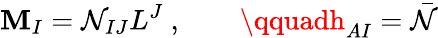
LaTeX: \mathbf{M}_{I}={\cal{N}}_{IJ}L^{J}\ ,\qquad\qquadh_{AI}={\bar{{{\cal{N}}}}}